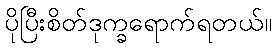
ပိုပြီးစိတ်ဒုက္ခရောက်ရတယ်။